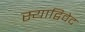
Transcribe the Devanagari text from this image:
स्याद्विवेद